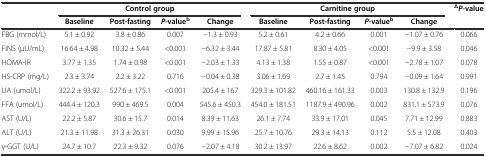
<table><thead><tr><td></td><td colspan="4"><b>Control group</b></td><td colspan="4"><b>Carnitine group</b></td><td rowspan="2"><b><sup>Δ</sup><i>P</i>-value</b></td></tr><tr><td></td><td><b>Baseline</b></td><td><b>Post-fasting</b></td><td><b><i>P</i>-value<sup>b</sup></b></td><td><b>Change</b></td><td><b>Baseline</b></td><td><b>Post-fasting</b></td><td><b><i>P</i>-value<sup>b</sup></b></td><td><b>Change</b></td></tr></thead><tbody><tr><td>FBG (mmol/L)</td><td>5.1 ± 0.92</td><td>3.8 ± 0.86</td><td>0.007</td><td>-1.3 ± 0.93</td><td>5.2 ± 0.61</td><td>4.2 ± 0.66</td><td>0.001</td><td>-1.07 ± 0.76</td><td>0.066</td></tr><tr><td>FINS (μU/mL)</td><td>16.64 ± 4.98</td><td>10.32 ± 5.44</td><td>&lt;0.001</td><td>-6.32 ± 3.44</td><td>17.87 ± 5.81</td><td>8.30 ± 4.05</td><td>&lt;0.001</td><td>-9.9 ± 3.58</td><td>0.046</td></tr><tr><td>HOMA-IR</td><td>3.77 ± 1.35</td><td>1.74 ± 0.98</td><td>&lt;0.001</td><td>-2.03 ± 1.33</td><td>4.13 ± 1.38</td><td>1.55 ± 0.87</td><td>&lt;0.001</td><td>-2.78 ± 1.07</td><td>0.078</td></tr><tr><td>HS-CRP (mg/L)</td><td>2.3 ± 3.74</td><td>2.2 ± 3.22</td><td>0.716</td><td>-0.04 ± 0.38</td><td>3.06 ± 1.69</td><td>2.7 ± 1.45</td><td>0.794</td><td>-0.09 ± 1.64</td><td>0.991</td></tr><tr><td>UA (umol/L)</td><td>322.2 ± 93.92</td><td>527.6 ± 175.1</td><td>&lt;0.001</td><td>205.4 ± 167</td><td>329.3 ± 101.82</td><td>460.16 ± 161.33</td><td>0.003</td><td>130.8 ± 132.9</td><td>0.196</td></tr><tr><td>FFA (umol/L)</td><td>444.4 ± 120.3</td><td>990 ± 469.5</td><td>0.004</td><td>545.6 ± 450.3</td><td>454.0 ± 181.51</td><td>1187.9 ± 490.96</td><td>0.002</td><td>831.1 ± 573.9</td><td>0.076</td></tr><tr><td>AST (U/L)</td><td>22.2 ± 5.87</td><td>30.6 ± 15.7</td><td>0.014</td><td>8.39 ± 11.63</td><td>26.1 ± 7.74</td><td>33.9 ± 17.01</td><td>0.045</td><td>7.71 ± 12.99</td><td>0.883</td></tr><tr><td>ALT (U/L)</td><td>21.3 ± 11.98</td><td>31.3 ± 26.31</td><td>0.030</td><td>9.99 ± 15.96</td><td>25.7 ± 10.76</td><td>29.3 ± 14.13</td><td>0.112</td><td>5.5 ± 12.08</td><td>0.403</td></tr><tr><td>γ-GGT (U/L)</td><td>24.7 ± 10.7</td><td>22.3 ± 9.32</td><td>0.076</td><td>-2.07 ± 4.18</td><td>30.2 ± 13.97</td><td>22.6 ± 8.62</td><td>0.002</td><td>-7.07 ± 6.82</td><td>0.024</td></tr></tbody></table>